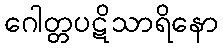
ဂေါတ္တပဋိသာရိနော